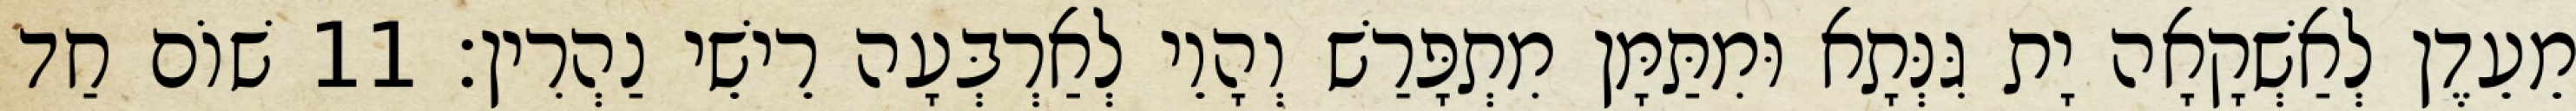
מֵעֵדֶן לְאַשְׁקָאָה יָת גִּנְּתָא וּמִתַּמָּן מִתְפָּרַשׁ וְהָוֵי לְאַרְבְּעָה רֵישֵׁי נַהְרִין׃ 11 שׁוֹם חַד